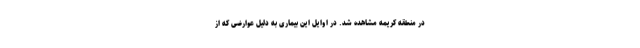
در منطقه کریمه مشاهده شد. در اوایل این بیماری به دلیل عوارضی که از